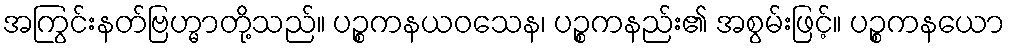
အကြွင်းနတ်ဗြဟ္မာတို့သည်။ ပဉ္စကနယဝသေန၊ ပဉ္စကနည်း၏ အစွမ်းဖြင့်။ ပဉ္စကနယော